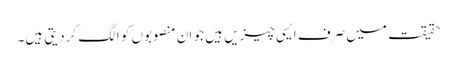
حقیقت میں صرف ایسی چیزیں ہیں جو ان منصوبوں کو الگ کردیتی ہیں۔